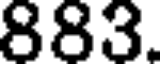
883.